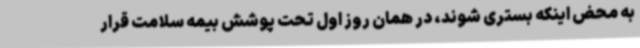
به محض اینکه بستری شوند، در همان روز اول تحت پوشش بیمه سلامت قرار